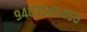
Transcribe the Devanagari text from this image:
९४०३५४५४५०